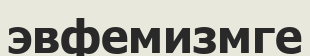
эвфемизмге